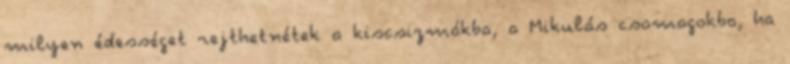
milyen édességet rejthetnétek a kiscsizmákba, a Mikulás csomagokba, ha